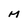
Character: M